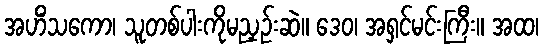
အဟိံသကော၊ သူတစ်ပါးကိုမညှဉ်းဆဲ။ ဒေဝ၊ အရှင်မင်းကြီး။ အထ၊